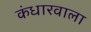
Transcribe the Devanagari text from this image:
कंधारवाला